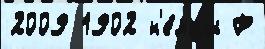
2009 1902 н'е́мцы Р